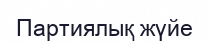
Партиялық жүйе